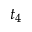
t _ { 4 }